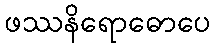
ဖဿနိရောဓောပေ